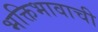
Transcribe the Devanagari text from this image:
भक्तिभावाची